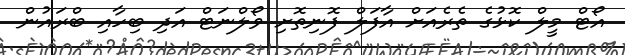
އޯޓް މީލް ކޮޅުގެ ތެރެއަށް އާފަލް ފޮނިތޮށި ވޯލްނަޓް އަދި ބިހާއި ބްރައުން